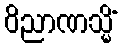
ဝိညာဏသ္မိံ